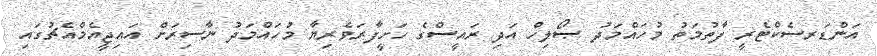
އަންޑަރސެކްޓެރީ ފާތުމަތު މުހައްމަދު ޞޯލިހް އަދި ރައީސްގެ ހަށީފާރަވެރިޔާ މުހައްމަދު ނާސިރަށް އައިޖީއެމްއެޗުގައި